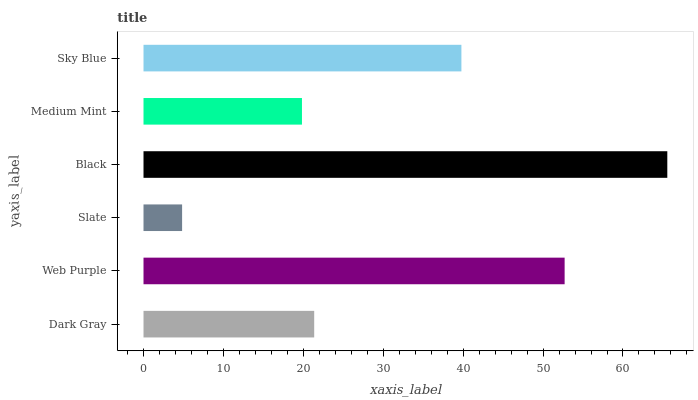
| yaxis_label | bars |
 | --- | --- |
 | Dark Gray | 21.4 |
 | Web Purple | 52.7 |
 | Slate | 4.83 |
 | Black | 65.5 |
 | Medium Mint | 19.8 |
 | Sky Blue | 39.8 |